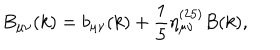
LaTeX: B _ { \mu \nu } ( k ) = b _ { \mu \nu } ( k ) + \frac { 1 } { 5 } \eta _ { \mu \nu } ^ { ( 2 5 ) } B ( k ) ,